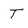
Character: t